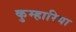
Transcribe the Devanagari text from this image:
कुम्हारिया